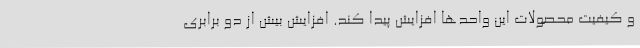
و کیفیت محصولات این واحدها افزایش پیدا کند. افزایش بیش از دو برابری